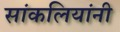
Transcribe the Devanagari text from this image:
सांकलियांनी